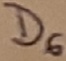
Text: D6